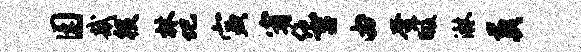
园哉役林圮寅宥绝吉由奎暇淋葬